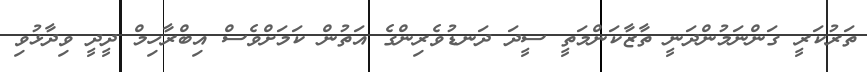
ތަރުކަރީ ގަންނަމުންދަނީ ތާޒާކަންމަތީ ސީދަ ދަނޑުވެރިންގެ އަތުން ކަމަށްވެސް އިބްރާހިމް ދީދީ ވިދާޅުވި